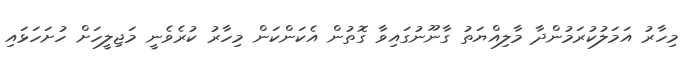
މިހާރު އަމަލުކުރަމުންދާ މާލިއްޔަތު ގާނޫނުގައިވާ ގޮތުން އެކަންކަން މިހާރު ކުރެވެނީ މަޖިލީހަށް ހުށަހަޅައި